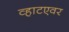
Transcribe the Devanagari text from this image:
व्हाटएवर